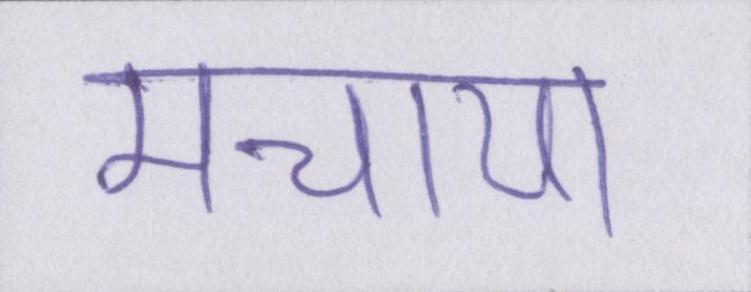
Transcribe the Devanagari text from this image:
मचाया